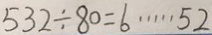
5 3 2 \div 8 0 = 6 \cdots 5 2